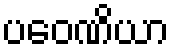
ပဝေဏိယာ